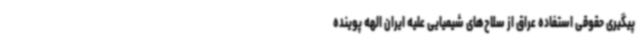
پیگیری حقوقی استفاده عراق از سلاح‌های شیمیایی علیه ایران الهه پوینده